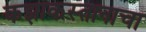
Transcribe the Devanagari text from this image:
कझाकस्तानाचा